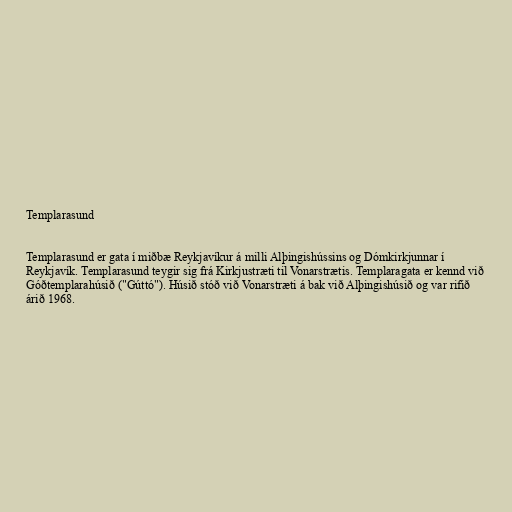
Templarasund

Templarasund er gata í miðbæ Reykjavíkur á milli Alþingishússins og Dómkirkjunnar í
Reykjavík. Templarasund teygir sig frá Kirkjustræti til Vonarstrætis. Templaragata er kennd við
Góðtemplarahúsið ("Gúttó"). Húsið stóð við Vonarstræti á bak við Alþingishúsið og var rifið
árið 1968.